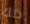
ذلك